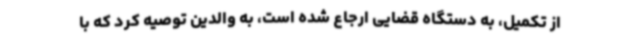
از تکمیل، به دستگاه قضایی ارجاع شده است، به والدین توصیه کرد که با